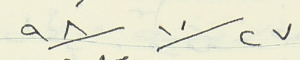
٩٨/١٠/٢٧